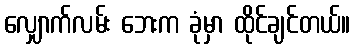
လျှောက်လမ်း ဘေးက ခုံမှာ ထိုင်ချင်တယ်။